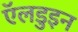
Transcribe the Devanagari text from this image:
ऍलडुइन